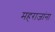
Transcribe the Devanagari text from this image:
महराजांना